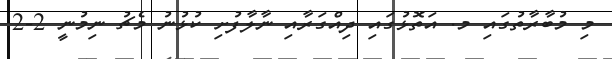
މި މުބާރާތުގައި މ. އަތޮޅުގައި ދިއްގަރާއި ނާލާފުށި ކުޅުނު މެޗު ނިމުނީ 2-2